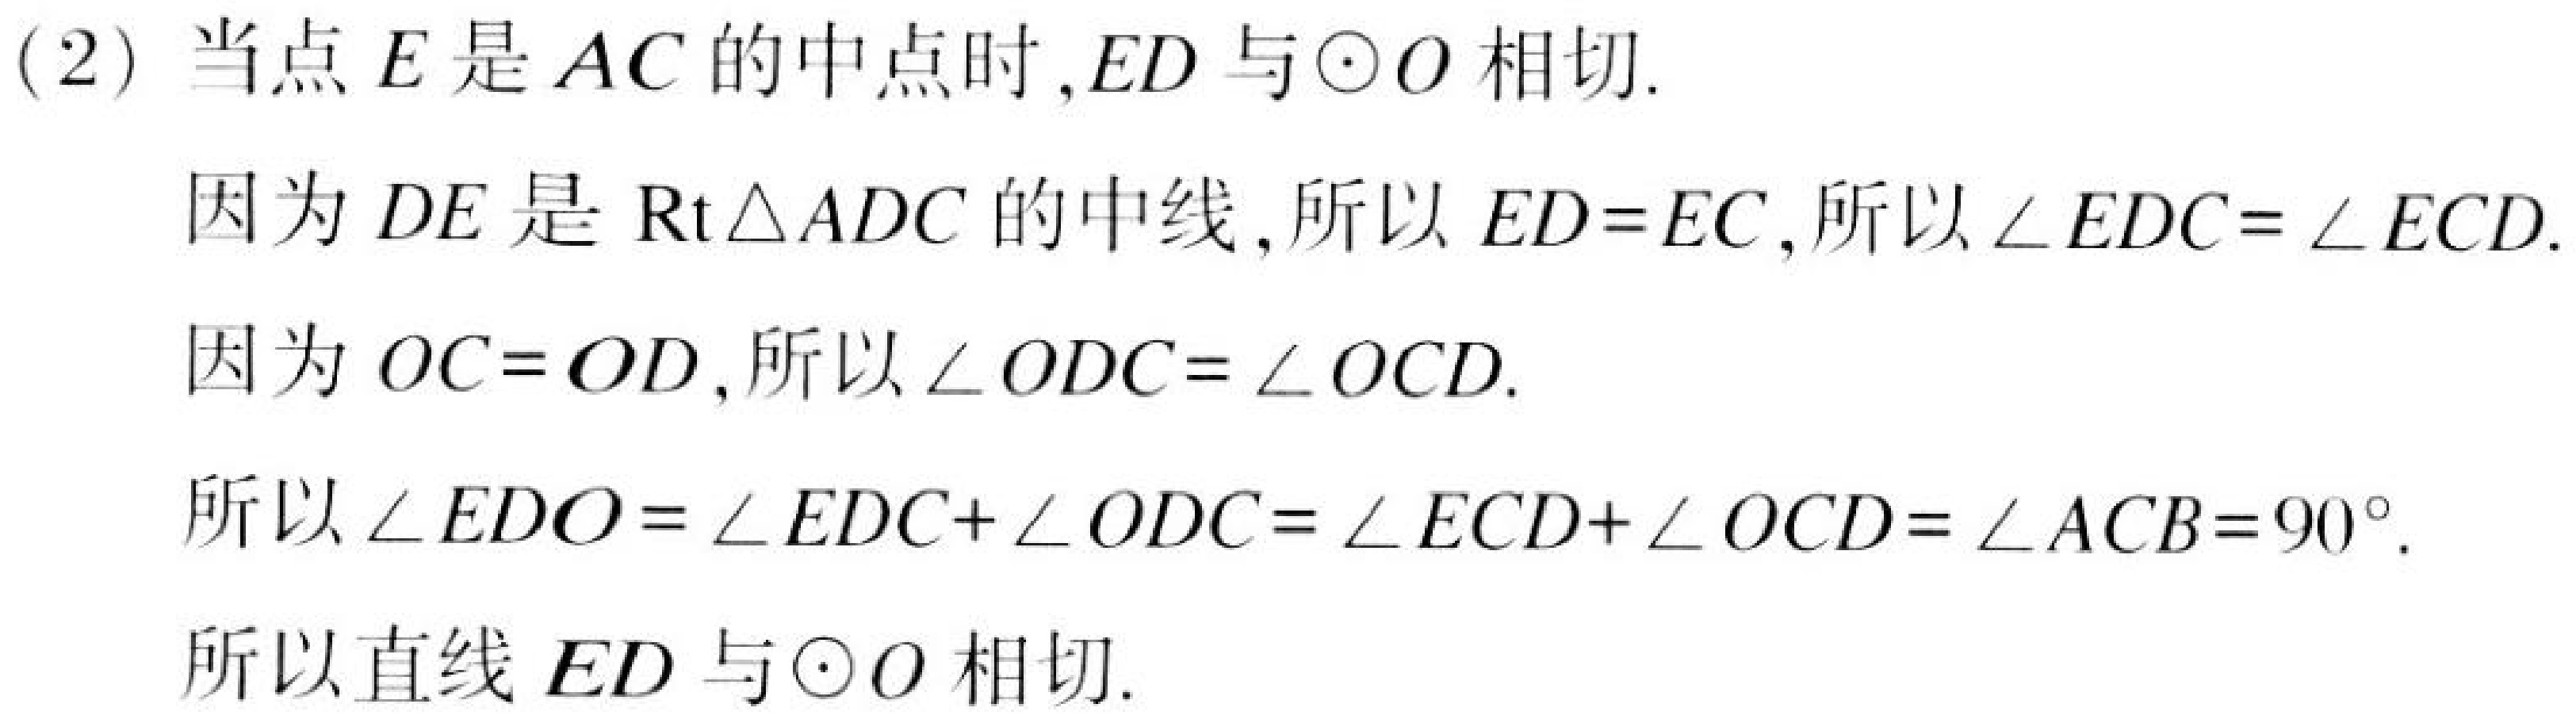
(2) 当点\(E\)是\(AC\)的中点时，\(ED\)与\(\odot O\)相切.
因为\(DE\)是\(\text{Rt}\triangle ADC\)的中线，所以\(ED = EC\)，所以\(\angle EDC=\angle ECD\).
因为\(OC = OD\)，所以\(\angle ODC=\angle OCD\).
所以\(\angle EDO=\angle EDC+\angle ODC=\angle ECD+\angle OCD=\angle ACB = 90^{\circ}\).
所以直线\(ED\)与\(\odot O\)相切.